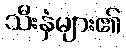
သီးနှံများ၏